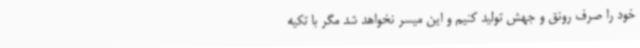
خود را صرف رونق و جهش تولید کنیم و این میسر نخواهد شد مگر با تکیه